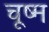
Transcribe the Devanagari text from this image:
चूष्म